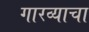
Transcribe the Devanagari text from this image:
गारव्याचा